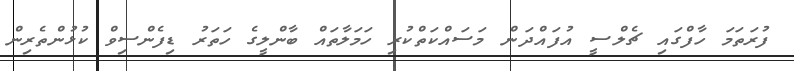
ފުރަތަމަ ހާފްގައި ޗެލްސީ އުފައްދަން މަސައްކަތްކުރި ހަމަލާތައް ބާންލީގެ ހަތަރު ޑިފެންސިވް ކުޅުންތެރިން